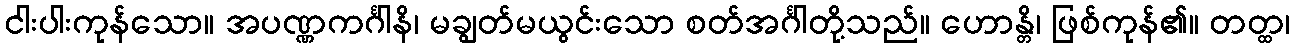
ငါးပါးကုန်သော။ အပဏ္ဏကင်္ဂါနိ၊ မချွတ်မယွင်းသော စတ်အင်္ဂါတို့သည်။ ဟောန္တိ၊ ဖြစ်ကုန်၏။ တတ္ထ၊